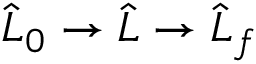
\widehat { L } _ { 0 } \to \widehat { L } \to \widehat { L } _ { f }